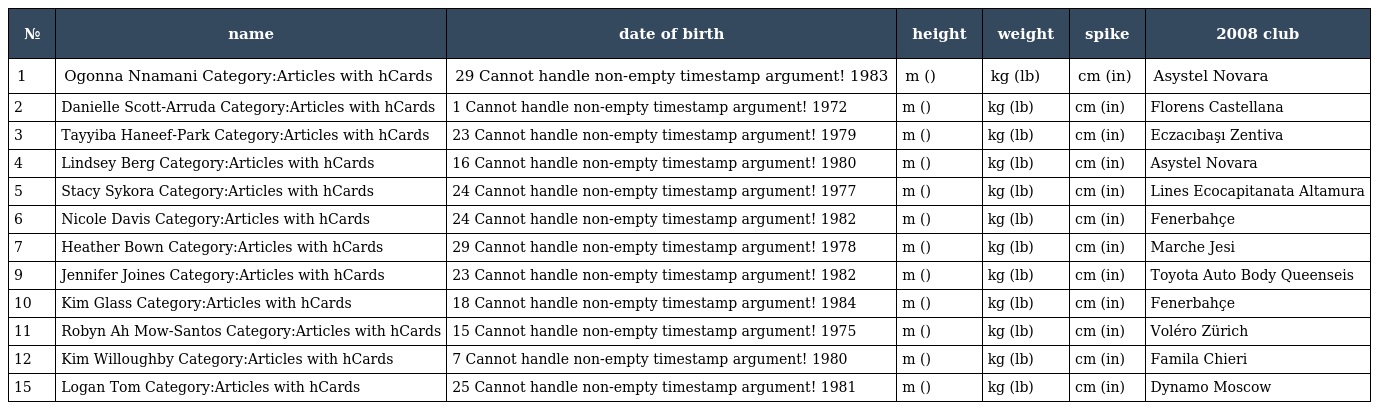
| № | name | date of birth | height | weight | spike | 2008 club |
 | --- | --- | --- | --- | --- | --- | --- |
 | 1 | Ogonna Nnamani Category:Articles with hCards | 29 Cannot handle non-empty timestamp argument! 1983 | m () | kg (lb) | cm (in) | Asystel Novara |
 | 2 | Danielle Scott-Arruda Category:Articles with hCards | 1 Cannot handle non-empty timestamp argument! 1972 | m () | kg (lb) | cm (in) | Florens Castellana |
 | 3 | Tayyiba Haneef-Park Category:Articles with hCards | 23 Cannot handle non-empty timestamp argument! 1979 | m () | kg (lb) | cm (in) | Eczacıbaşı Zentiva |
 | 4 | Lindsey Berg Category:Articles with hCards | 16 Cannot handle non-empty timestamp argument! 1980 | m () | kg (lb) | cm (in) | Asystel Novara |
 | 5 | Stacy Sykora Category:Articles with hCards | 24 Cannot handle non-empty timestamp argument! 1977 | m () | kg (lb) | cm (in) | Lines Ecocapitanata Altamura |
 | 6 | Nicole Davis Category:Articles with hCards | 24 Cannot handle non-empty timestamp argument! 1982 | m () | kg (lb) | cm (in) | Fenerbahçe |
 | 7 | Heather Bown Category:Articles with hCards | 29 Cannot handle non-empty timestamp argument! 1978 | m () | kg (lb) | cm (in) | Marche Jesi |
 | 9 | Jennifer Joines Category:Articles with hCards | 23 Cannot handle non-empty timestamp argument! 1982 | m () | kg (lb) | cm (in) | Toyota Auto Body Queenseis |
 | 10 | Kim Glass Category:Articles with hCards | 18 Cannot handle non-empty timestamp argument! 1984 | m () | kg (lb) | cm (in) | Fenerbahçe |
 | 11 | Robyn Ah Mow-Santos Category:Articles with hCards | 15 Cannot handle non-empty timestamp argument! 1975 | m () | kg (lb) | cm (in) | Voléro Zürich |
 | 12 | Kim Willoughby Category:Articles with hCards | 7 Cannot handle non-empty timestamp argument! 1980 | m () | kg (lb) | cm (in) | Famila Chieri |
 | 15 | Logan Tom Category:Articles with hCards | 25 Cannot handle non-empty timestamp argument! 1981 | m () | kg (lb) | cm (in) | Dynamo Moscow |